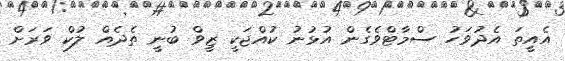
އެއީތަ އެދުވަހު ސްމާޓްވެގެން އުޅުނު ކުއްޖަކީ ޒީވް ބުނީ ތެދެއް ލުކް ވަރަށް